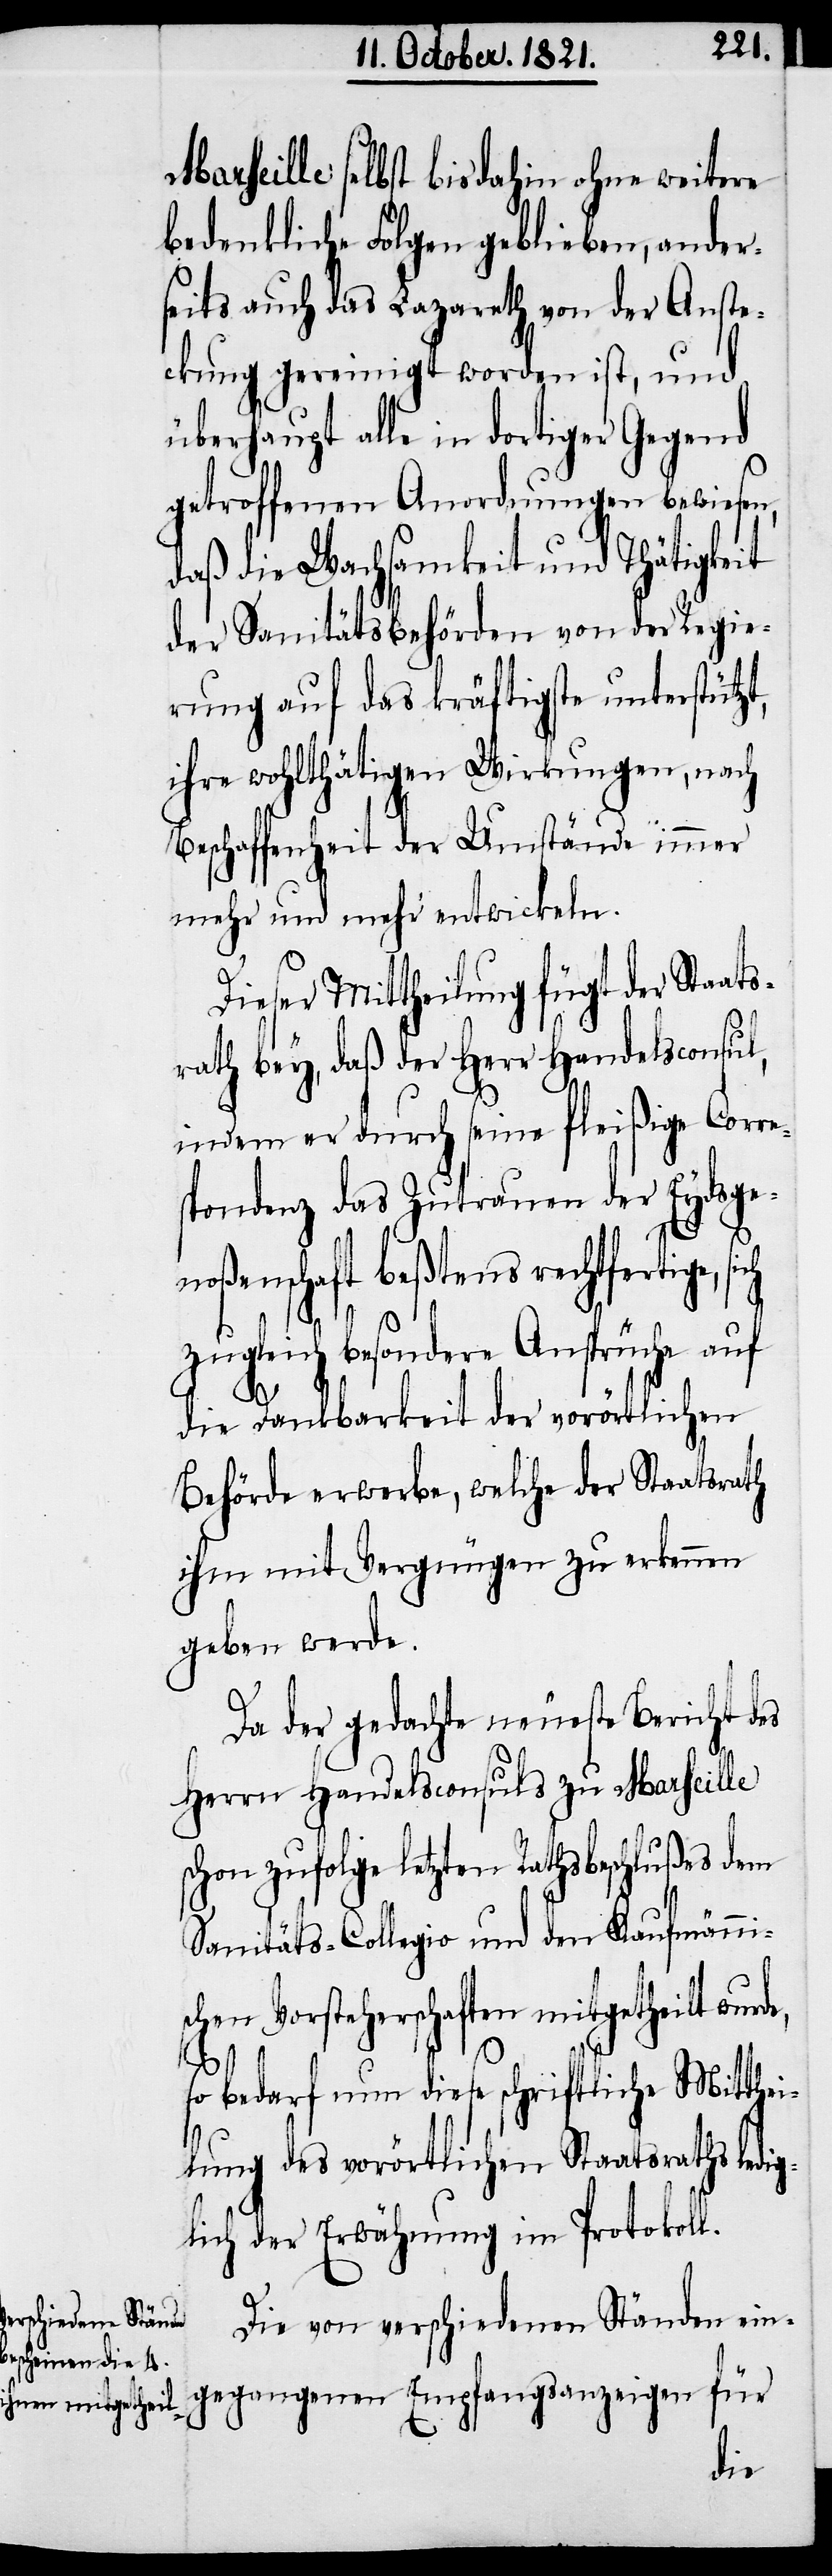
Marseille selbst bis dahin ohne weitere
bedenkliche Folgen geblieben, ander¬
seits auch das Lazareth von der Anste¬
ckung gereinigt worden ist, und
überhaupt alle in dortiger Gegend
getroffenen Anordnungen beweisen,
daß die Wachsamkeit und Thätigkeit
der Sanitätsbehörden von der Regie¬
rung auf das kräftigste unterstützt,
ihre wohlthätigen Wirkungen, nach
Beschaffenheit der Umstände
mehr und mehr entwickeln.
Dieser Mittheilung fügt der Staat¬
srath bey, daß der Herr Handelsconsul,
indem er durch seine fleißige Corre¬
spondenz das Zutrauen der Eydsgen¬
rechtfertige, sich
zugleich besondere Ansprüche auf
e,
die Dankbarkeit der vorörtlichen
Behörden erwerbe, welche der Staatsrath
ihm mit Vergnügen zu erkennen
geben werde.
Da der gedachte neueste Bericht des
Herrn Handelsconsuls zu Marseille
schon zufolge letzten Rathsbeschlußes dem
Sanitäts-Collegio und den Kaufmännis¬
chen Vorsteherschaften mitgetheilt wurd¬
so bedarf nun diese schriftliche Mitthei¬
lung des vorörtlichen Staatsraths ledig¬
lich der Erwähnung im Protokoll.
Die von verschiedenen Ständen ein¬
gegangenen Empfangsanzeigen für